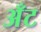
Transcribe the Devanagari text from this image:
अँट